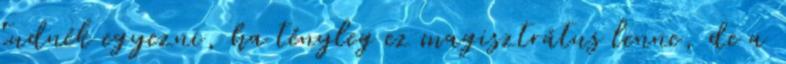
tudnék egyezni, ha tényleg ez magisztrátus lenne, de a